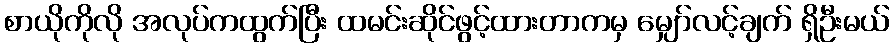
စာယိုကိုလို အလုပ်ကထွက်ပြီး ထမင်းဆိုင်ဖွင့်ထားတာကမှ မျှော်လင့်ချက် ရှိဦးမယ်